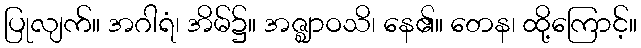
ပြုလျက်။ အဂါရံ၊ အိမ်၌။ အဇ္ဈာဝသိ၊ နေ၏။ တေန၊ ထို့ကြောင့်။